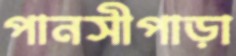
পানসীপাড়া